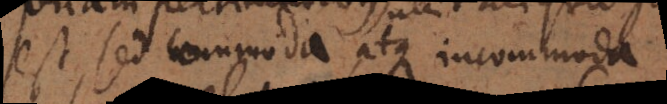
est, sed commoda atque incommoda